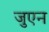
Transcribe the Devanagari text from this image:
जुएन